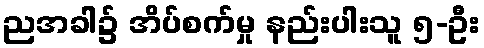
ညအခါ၌ အိပ်စက်မှု နည်းပါးသူ ၅-ဦး